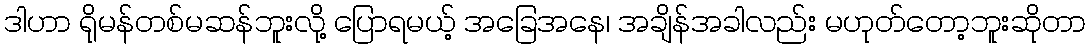
ဒါဟာ ရိုမန်တစ်မဆန်ဘူးလို့ ပြောရမယ့် အခြေအနေ၊ အချိန်အခါလည်း မဟုတ်တော့ဘူးဆိုတာ